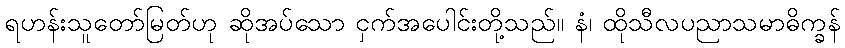
ရဟန်းသူတော်မြတ်ဟု ဆိုအပ်သော ငှက်အပေါင်းတို့သည်။ နံ၊ ထိုသီလပညာသမာဓိက္ခန်